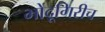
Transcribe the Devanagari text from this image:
भोंदूगिरीच